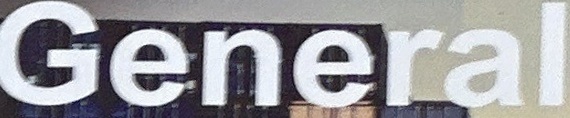
General